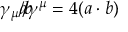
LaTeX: \gamma _ { \mu } { a \! \! \! / } { b \! \! \! / } \gamma ^ { \mu } = 4 ( a \cdot b )